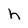
Character: h